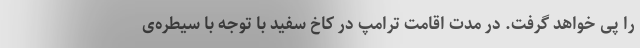
را پی خواهد گرفت. در مدت اقامت ترامپ در کاخ سفید با توجه با سیطره‌ی